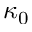
\kappa _ { 0 }